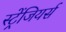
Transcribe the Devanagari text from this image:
स्ट्रेंजियर्स